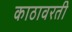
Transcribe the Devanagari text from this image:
काठावरती